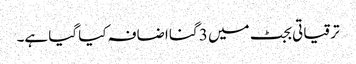
ترقیاتی بجٹ میں 3 گنا اضافہ کیا گیا ہے۔